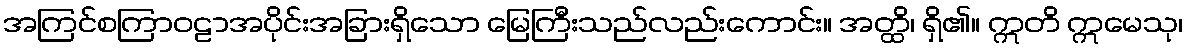
အကြင်စကြာဝဠာအပိုင်းအခြားရှိသော မြေကြီးသည်လည်းကောင်း။ အတ္ထိ၊ ရှိ၏။ ဣတိ ဣမေသု၊